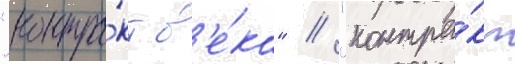
"контра́кт в'е́ка" // "контра́кт